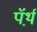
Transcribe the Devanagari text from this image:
पॅर्थ़